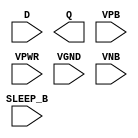
module sky130_fd_sc_hd__lpflow_inputisolatch (
    //# {{data|Data Signals}}
    input  D      ,
    output Q      ,

    //# {{power|Power}}
    input  SLEEP_B,
    input  VPB    ,
    input  VPWR   ,
    input  VGND   ,
    input  VNB
);
endmodule